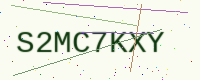
Text: S2MC7KXY